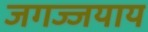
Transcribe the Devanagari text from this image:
जगज्जयाय